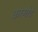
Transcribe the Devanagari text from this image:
करगोटे